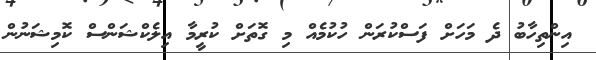
އިންތިހާބު ދެ މަހަށް ފަސްކުރަން ހުކުމެއް މި ގޮތަށް ކުރީމާ އިލެކްޝަންސް ކޮމިޝަނުން